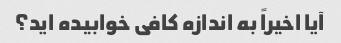
آیا اخیراً به اندازه کافی خوابیده اید؟